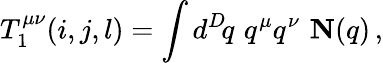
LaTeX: T_{1}^{\mu\nu}(i,j,l)=\int d^{D}\! q\, \, q^{\mu}q^{\nu}\, \, {\mathbf N}(q)\, ,